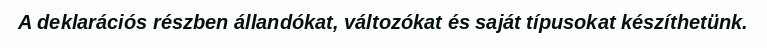
A deklarációs részben állandókat, változókat és saját típusokat készíthetünk.